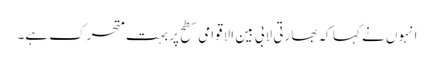
انہوں نے کہا کہ بھارتی لابی بین الاقوامی سطح پر بہت متحرک ہے۔